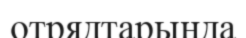
отрядтарында